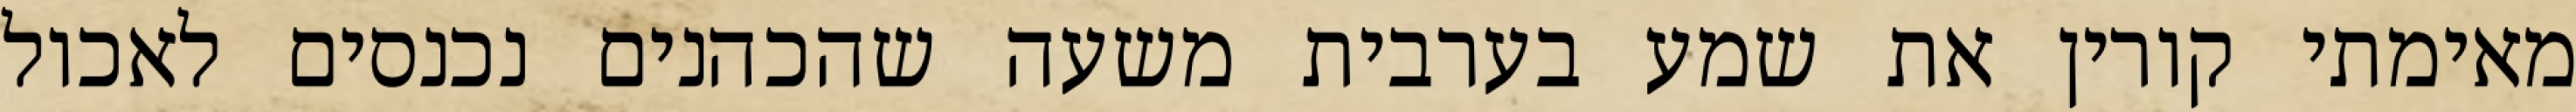
מאימתי קורין את שמע בערבית משעה שהכהנים נכנסים לאכול